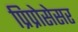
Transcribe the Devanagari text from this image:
प्रिप्रोसेसर